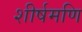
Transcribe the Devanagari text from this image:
शीर्षमणि